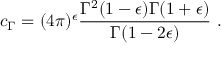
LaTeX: c _ { \Gamma } = { ( 4 \pi ) ^ { \epsilon } } \frac { \Gamma ^ { 2 } ( 1 - \epsilon ) \Gamma ( 1 + \epsilon ) } { \Gamma ( 1 - 2 \epsilon ) } \ .